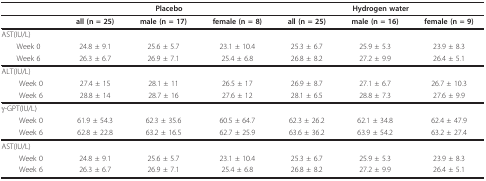
<table><thead><tr><td></td><td colspan="3"><b>Placebo</b></td><td colspan="3"><b>Hydrogen water</b></td></tr></thead><tbody><tr><td></td><td><b>all (n = 25)</b></td><td><b>male (n = 17)</b></td><td><b>female (n = 8)</b></td><td><b>all (n = 25)</b></td><td><b>male (n = 16)</b></td><td><b>female (n = 9)</b></td></tr><tr><td>AST(IU/L)</td><td></td><td></td><td></td><td></td><td></td><td></td></tr><tr><td> Week 0</td><td>24.8 ± 9.1</td><td>25.6 ± 5.7</td><td>23.1 ± 10.4</td><td>25.3 ± 6.7</td><td>25.9 ± 5.3</td><td>23.9 ± 8.3</td></tr><tr><td> Week 6</td><td>26.3 ± 6.7</td><td>26.9 ± 7.1</td><td>25.4 ± 6.8</td><td>26.8 ± 8.2</td><td>27.2 ± 9.9</td><td>26.4 ± 5.1</td></tr><tr><td>ALT(IU/L)</td><td></td><td></td><td></td><td></td><td></td><td></td></tr><tr><td>Week 0</td><td>27.4 ± 15</td><td>28.1 ± 11</td><td>26.5 ± 17</td><td>26.9 ± 8.7</td><td>27.1 ± 6.7</td><td>26.7 ± 10.3</td></tr><tr><td>Week 6</td><td>28.8 ± 14</td><td>28.7 ± 16</td><td>27.6 ± 12</td><td>28.1 ± 6.5</td><td>28.8 ± 7.3</td><td>27.6 ± 9.9</td></tr><tr><td>γ-GPT(IU/L)</td><td></td><td></td><td></td><td></td><td></td><td></td></tr><tr><td>Week 0</td><td>61.9 ± 54.3</td><td>62.3 ± 35.6</td><td>60.5 ± 64.7</td><td>62.3 ± 26.2</td><td>62.1 ± 34.8</td><td>62.4 ± 47.9</td></tr><tr><td>Week 6</td><td>62.8 ± 22.8</td><td>63.2 ± 16.5</td><td>62.7 ± 25.9</td><td>63.6 ± 36.2</td><td>63.9 ± 54.2</td><td>63.2 ± 27.4</td></tr><tr><td>AST(IU/L)</td><td></td><td></td><td></td><td></td><td></td><td></td></tr><tr><td>Week 0</td><td>24.8 ± 9.1</td><td>25.6 ± 5.7</td><td>23.1 ± 10.4</td><td>25.3 ± 6.7</td><td>25.9 ± 5.3</td><td>23.9 ± 8.3</td></tr><tr><td>Week 6</td><td>26.3 ± 6.7</td><td>26.9 ± 7.1</td><td>25.4 ± 6.8</td><td>26.8 ± 8.2</td><td>27.2 ± 9.9</td><td>26.4 ± 5.1</td></tr></tbody></table>